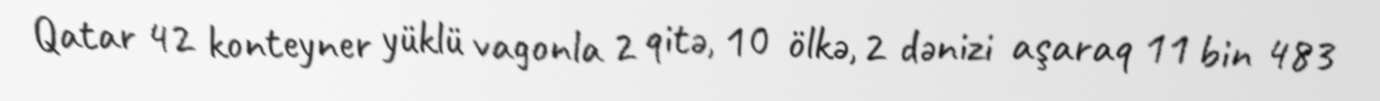
Qatar 42 konteyner yüklü vagonla 2 qitə, 10 ölkə, 2 dənizi aşaraq 11 bin 483